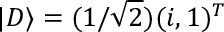
| D \rangle = ( 1 / \sqrt { 2 } ) ( i , 1 ) ^ { T }